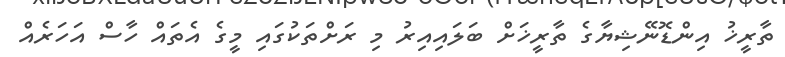
ތާރީޚު އިންޑޮނޭޝިޔާގެ ތާރީޚަށް ބަލައިއިރު މި ރަށްތަކުގައި މީގެ އެތައް ހާސް އަހަރެއް